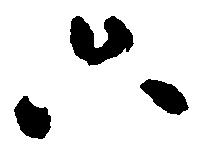
只